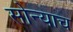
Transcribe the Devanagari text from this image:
सोन्याच